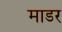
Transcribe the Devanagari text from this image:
माडर